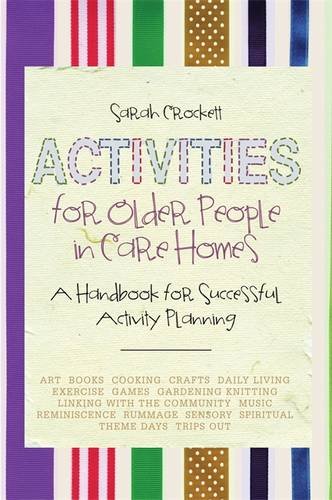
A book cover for Activities for Older People in Care Homes: A Handbook for Successful Activity Planning; Sarah Crockett; Parenting & Relationships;